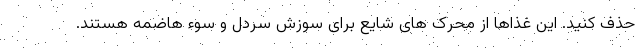
حذف کنید. این غذاها از محرک های شایع برای سوزش سردل و سوء هاضمه هستند.